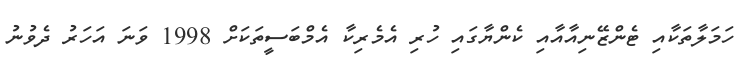
ހަމަލާތަކާއި ޓެންޒޭނިއާއާއި ކެންޔާގައި ހުރި އެމެރިކާ އެމްބަސީތަކަށް 1998 ވަނަ އަހަރު ދެވުނު